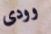
وودى